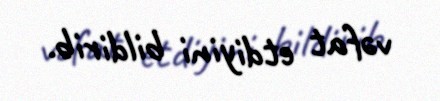
vəfat etdiyini bildirib.